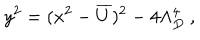
LaTeX: y ^ { 2 } = ( x ^ { 2 } - \overline { { { U } } } ) ^ { 2 } - 4 \Lambda _ { D } ^ { 4 } \ ,